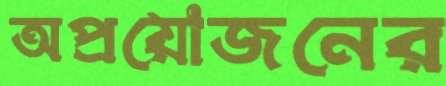
অপ্রয়োজনের